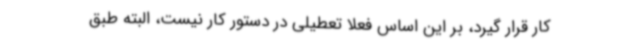
کار قرار گیرد، بر این اساس فعلا تعطیلی در دستور کار نیست، البته طبق